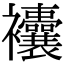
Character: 𧟘